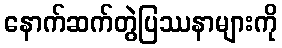
နောက်ဆက်တွဲပြဿနာများကို